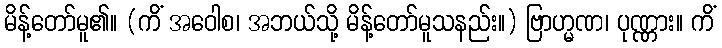
မိန့်တော်မူ၏။ (ကိံ အဝေါစ၊ အဘယ်သို့ မိန့်တော်မူသနည်း။) ဗြာဟ္မဏ၊ ပုဏ္ဏား။ ကိံ